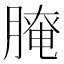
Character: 𦞴